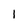
Character: 1